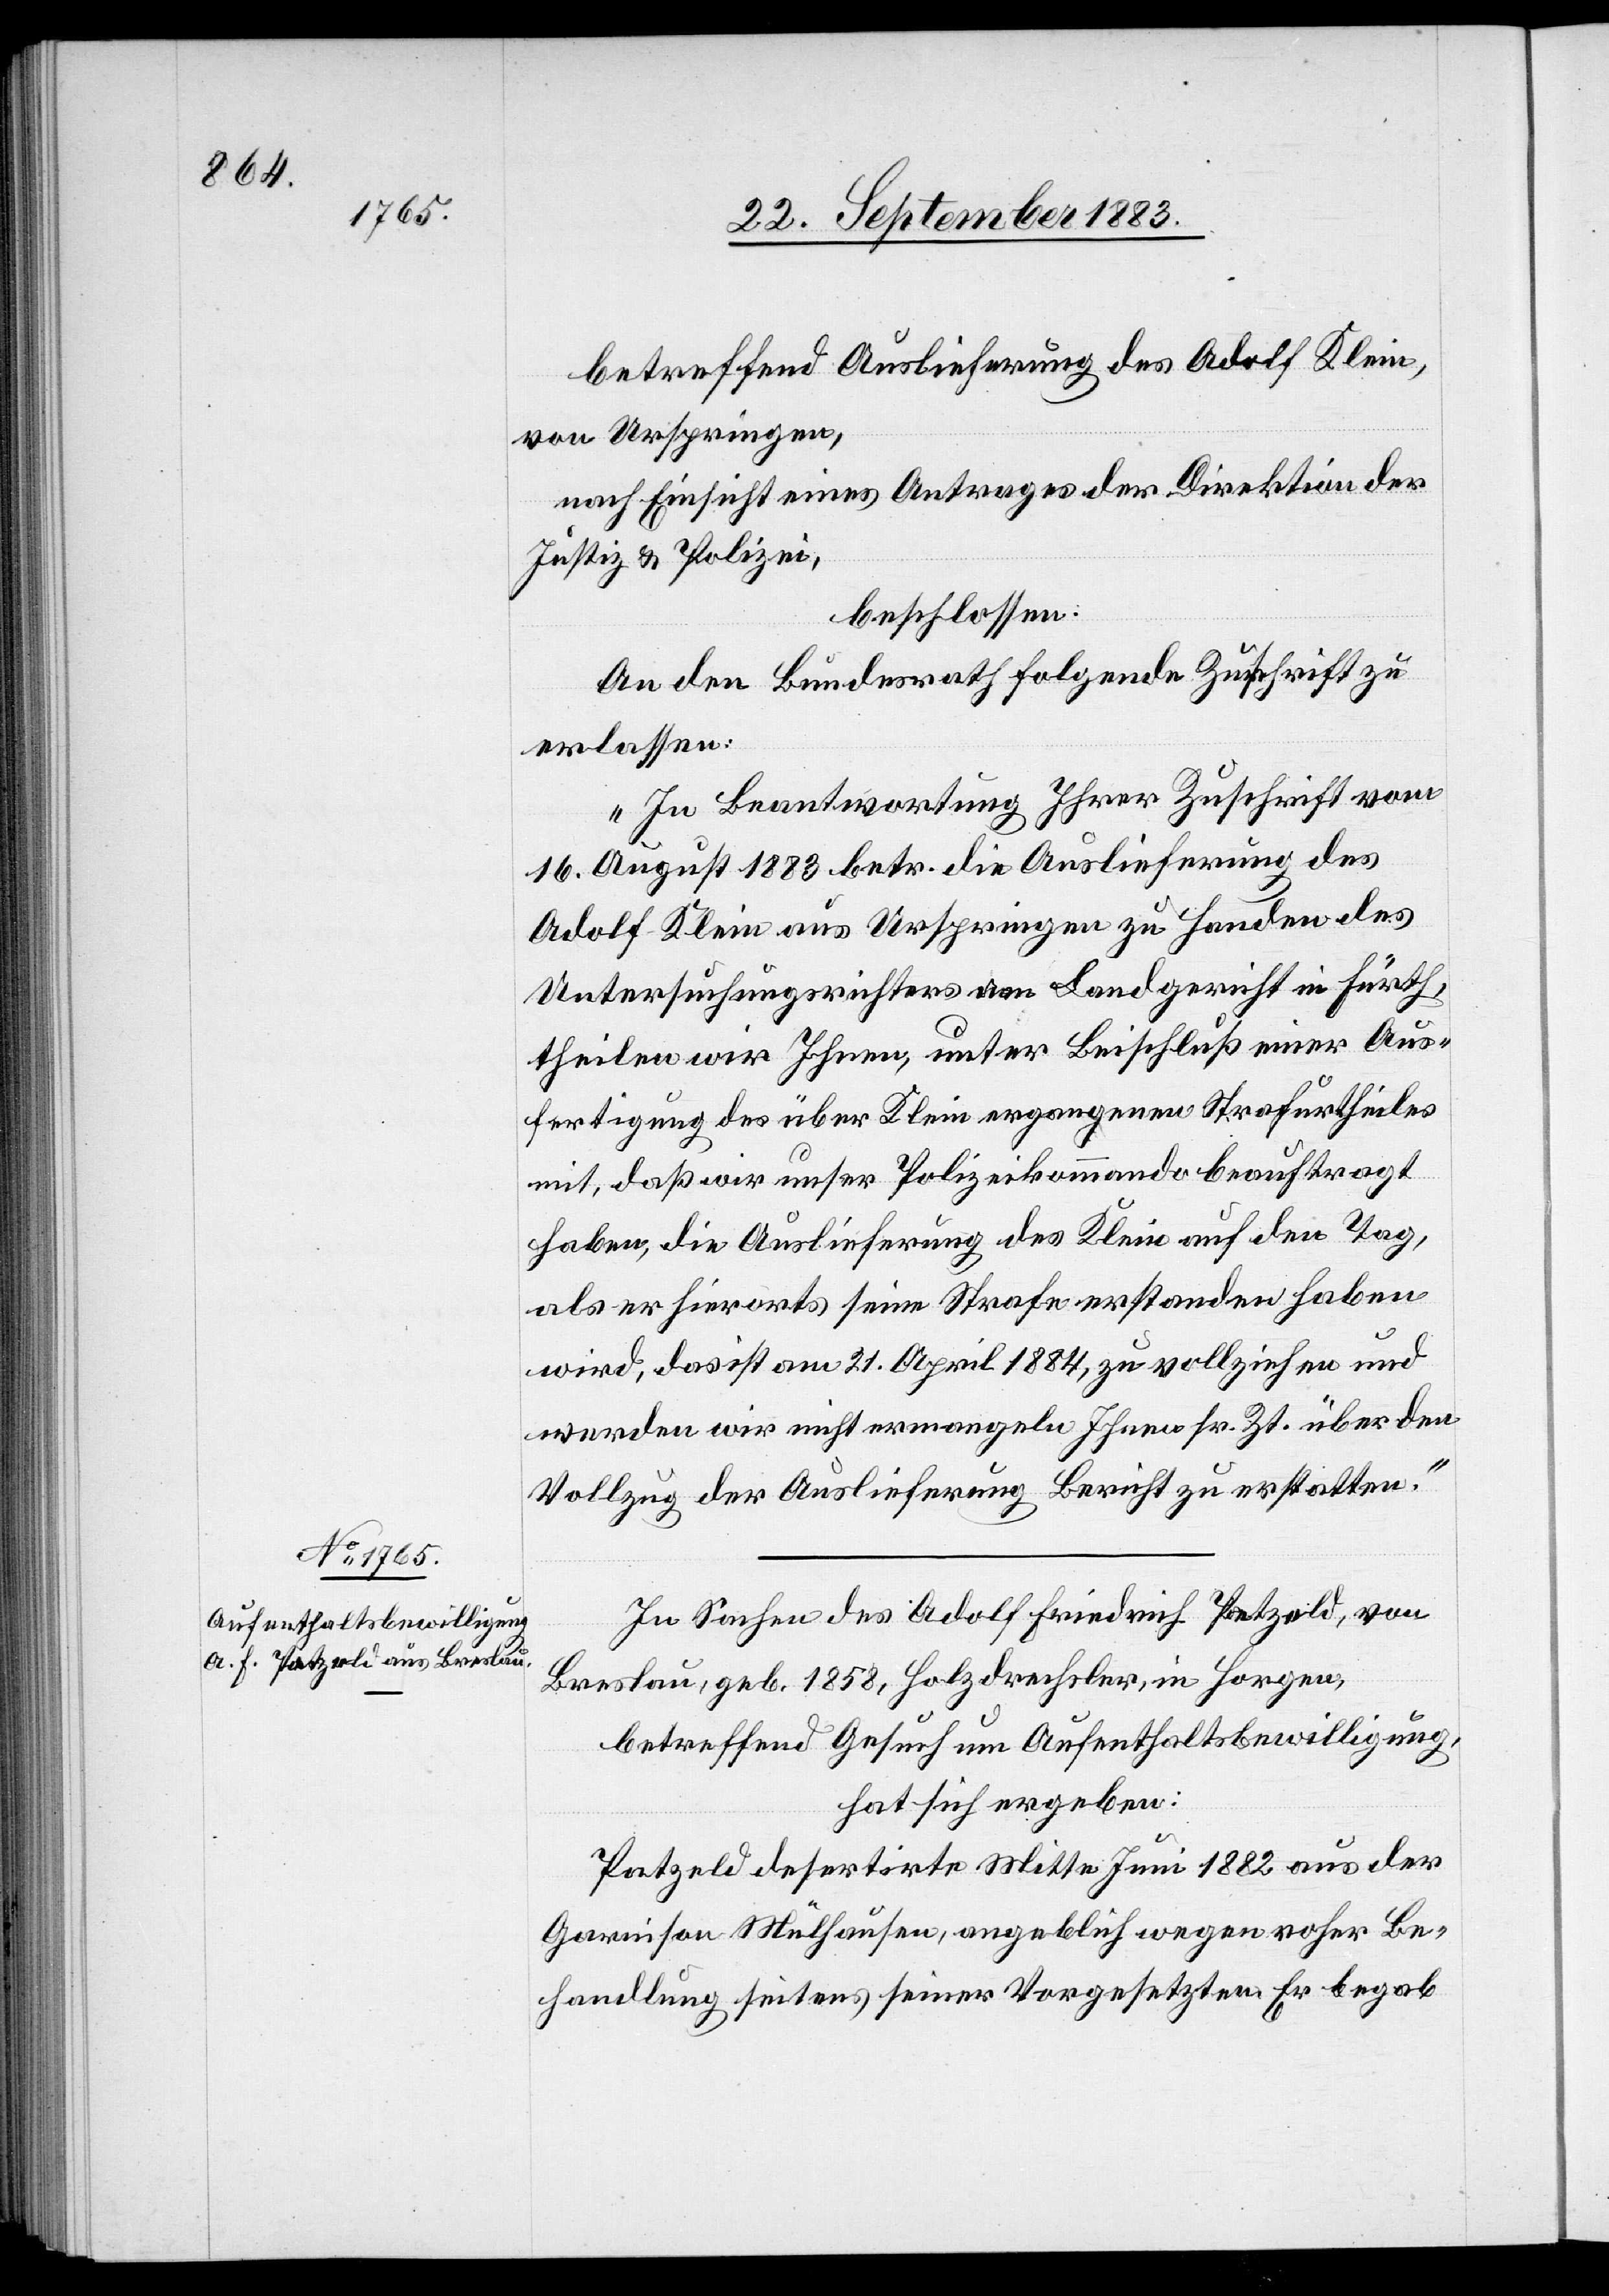
betreffend Auslieferung des Adolf Klein,
von Urspringen,
nach Einsicht eines Antrages der Direktion der
Justiz & Polizei,
beschlossen:
An den Bundesrath folgende Zuschrift zu
erlassen:
„In Beantwortung Ihrer Zuschrift vom
19. August 1883 betr. die Auslieferung des
Adolf Klein aus Urspringen zu Handen des
Untersuchungsrichters am Landgericht in Fürth,
theilen wir Ihnen, unter Beischluß einer Aus¬
fertigung des über Klein ergangenen Strafurtheiles
mit, daß wir unser Polizeikommando beauftragt
haben, die Auslieferung des Klein auf den Tag,
als er hierorts seine Strafe erstanden haben
wird, das ist am 21. April 1884, zu vollziehen und
werden wir nicht ermangeln Ihnen sr. Zt. über den
Vollzug der Auslieferung Bericht zu erstatten.“
In Sachen des Adolf Friedrich Patzeld, von
Breslau, geb. 1858, Holzdrechsler, in Horgen,
betreffend Gesuch um Aufenthaltsbewilligung,
hat sich ergeben:
Patzeld desertirte Mitte Juni 1882 aus der
Garnison Mülhausen, angeblich wegen roher Be¬
handlung seitens seiner Vorgesetzten. Er begab